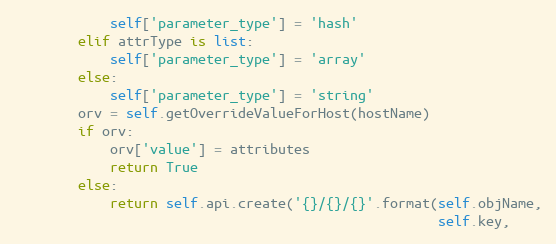
Language: Python
            self['parameter_type'] = 'hash'
        elif attrType is list:
            self['parameter_type'] = 'array'
        else:
            self['parameter_type'] = 'string'
        orv = self.getOverrideValueForHost(hostName)
        if orv:
            orv['value'] = attributes
            return True
        else:
            return self.api.create('{}/{}/{}'.format(self.objName,
                                                     self.key,